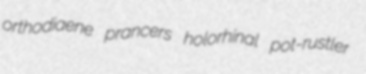
orthodiaene prancers holorhinal pot-rustler